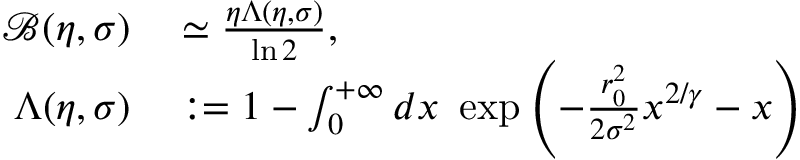
\begin{array} { r l } { \mathcal { B } ( \eta , \sigma ) } & { { } \simeq \frac { \eta \Lambda ( \eta , \sigma ) } { \ln 2 } , } \\ { \Lambda ( \eta , \sigma ) } & { { } : = 1 - \int _ { 0 } ^ { + \infty } d x ~ \exp \left( - \frac { r _ { 0 } ^ { 2 } } { 2 \sigma ^ { 2 } } x ^ { 2 / \gamma } - x \right) } \end{array}